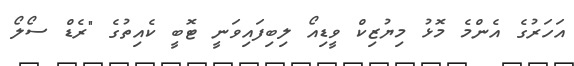
އަހަރުގެ އެންމެ މޮޅު މިޔުޒިކް ވީޑިއޯ ލިބިފައިވަނީ ޓޮބީ ކެއިތުގެ "ރެޑް ސޯލޯ